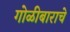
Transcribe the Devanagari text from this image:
गोळीबाराचे